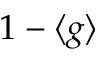
1 - \langle g \rangle